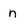
Character: n